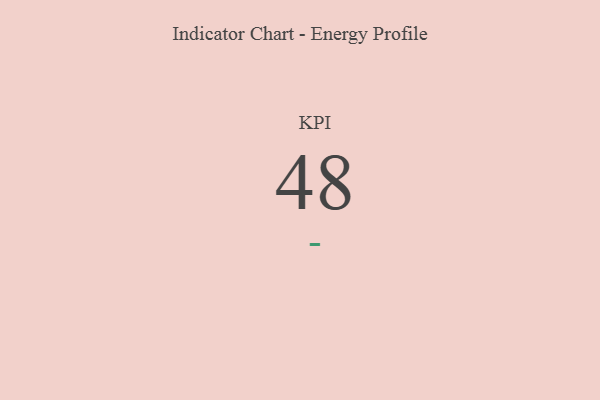
{"axis": {"x": "KPI", "y": "Value"}, "legend": [""], "data": [{"x": "KPI", "y": 48, "type": ""}]}